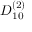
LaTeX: { D } _ { 1 0 } ^ { ( 2 ) }